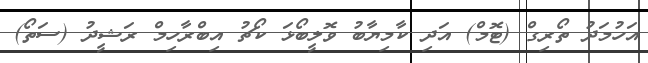
އަހުމަދު ތޯރިގް (ޓޮމް) އަދި ކާމިޔާބު ވޮލީބޯޅަ ކޯޗު އިބްރާހިމް ރަޝީދު (ސަތޯ)